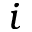
i